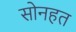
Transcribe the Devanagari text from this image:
सोनहत